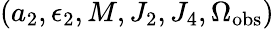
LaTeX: (a_{2},\epsilon_{2},M,J_{2},J_{4},\Omega_{\mathrm{obs}})